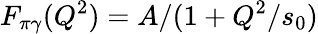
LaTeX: F_{\pi\gamma}(Q^{2})=A/(1+Q^{2}/s_{0})